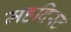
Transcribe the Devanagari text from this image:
महदिस्ट